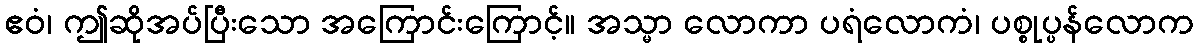
ဧဝံ၊ ဤဆိုအပ်ပြီးသော အကြောင်းကြောင့်။ အသ္မာ လောကာ ပရံလောကံ၊ ပစ္စုပ္ပန်လောက